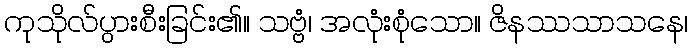
ကုသိုလ်ပွားစီးခြင်း၏။ သဗ္ဗံ၊ အလုံးစုံသော။ ဇိနဿသာသနေ၊